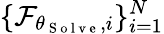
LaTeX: \{ \mathcal{F}_{\theta_{\mathrm{~S~o~l~v~e~}},i}\} _{i=1}^{N}